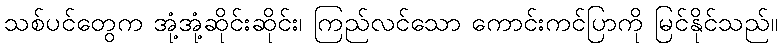
သစ်ပင်တွေက အုံ့အုံ့ဆိုင်းဆိုင်း၊ ကြည်လင်သော ကောင်းကင်ပြာကို မြင်နိုင်သည်။